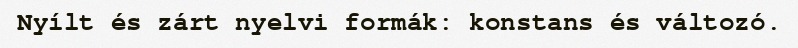
Nyílt és zárt nyelvi formák: konstans és változó.